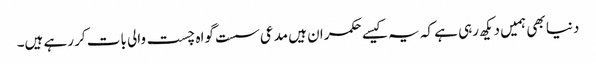
دنیا بھی ہمیں دیکھ رہی ہے کہ یہ کیسے حکمران ہیں مدعی سست گواہ چست والی بات کر رہے ہیں۔